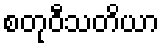
စတုဝီသတိယာ